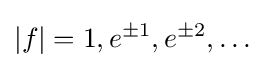
|f|=1,e^{\pm 1},e^{\pm 2},\ldots